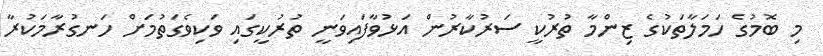
މި ބޮމުގެ ހަމަލާތަކުގެ ޒިންމާ ތުރުކީ ސަރުކާރުން އަޅުވާފައިވަނީ ތުރުކީގައި ވަކިވެގަތުމަށް ހަނގުރާމަކުރާ